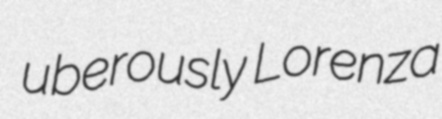
uberously Lorenza